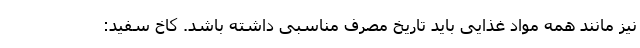
نیز مانند همه مواد غذایی باید تاریخ مصرف مناسبی داشته باشد. کاخ سفید: